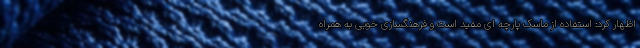
اظهار کرد: استفاده از ماسک پارچه ای مفید است و فرهنگسازی خوبی به همراه